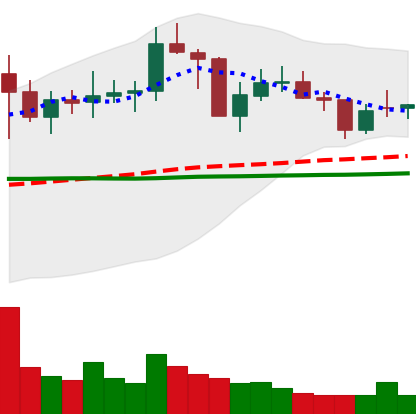
Ticker: NEO-USD
Chart end date: 2021-01-30
Forward return: 3.897%
Label: up_3_5